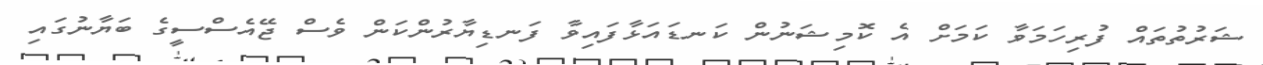
ޝަރުތުތައް ފުރިހަމަވާ ކަމަށް އެ ކޮމިޝަނުން ކަނޑައަޅާފައިވާ ފަނޑިޔާރުންކަން ވެސް ޖޭއެސްސީގެ ބަޔާނުގައި